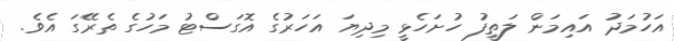
އަހުމަދު އައިމަން ލަތީފު ހުށަހެޅީ މިދިޔަ އަހަރުގެ އޮގަސްޓު މަހުގެ ތެރޭގަ އެވެ.